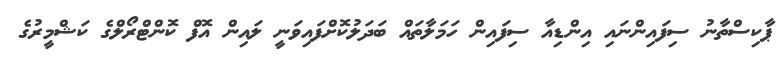
ޕާކިސްތާނު ސިފައިންނައި އިންޑިއާ ސިފައިން ހަމަލާތައް ބަދަލުކޮށްފައިވަނީ ލައިން އޮފް ކޮންޓްރޯލްގެ ކަޝްމީރުގެ